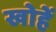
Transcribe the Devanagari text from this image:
खोहें